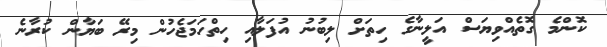
ކޮންމެ ގޮތެއްވިޔަސް އަލީނާގެ ހިތަށް ލިބުނު އުފަލާއި ހިތްހަމަޖެހުން މިރޭ ބަޔާން ކުރާނެ